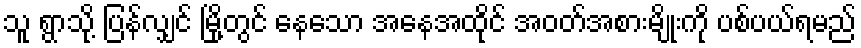
သူ ရွာသို့ ပြန်လျှင် မြို့တွင် နေသော အနေအထိုင် အဝတ်အစားမျိုးကို ပစ်ပယ်ရမည်